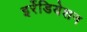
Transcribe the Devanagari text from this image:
इर्रेडियेशन